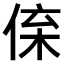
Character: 𠉪